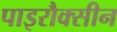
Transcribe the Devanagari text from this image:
पाइरौक्सीन